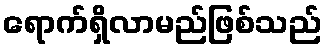
ရောက်ရှိလာမည်ဖြစ်သည်